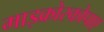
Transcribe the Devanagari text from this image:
माइक्रोस्कोपाए